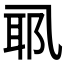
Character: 𱎉